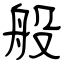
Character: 般